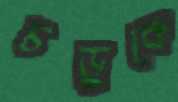
চড়ুকে